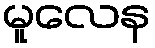
မူလေန